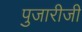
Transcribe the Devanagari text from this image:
पुजारीजी